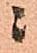
ニ